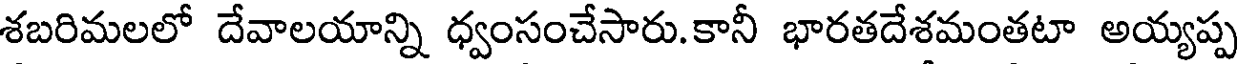
శబరిమలలో దేవాలయాన్ని ధ్వంసంచేసారు. కానీ భారతదేశమంతటా అయ్యప్ప